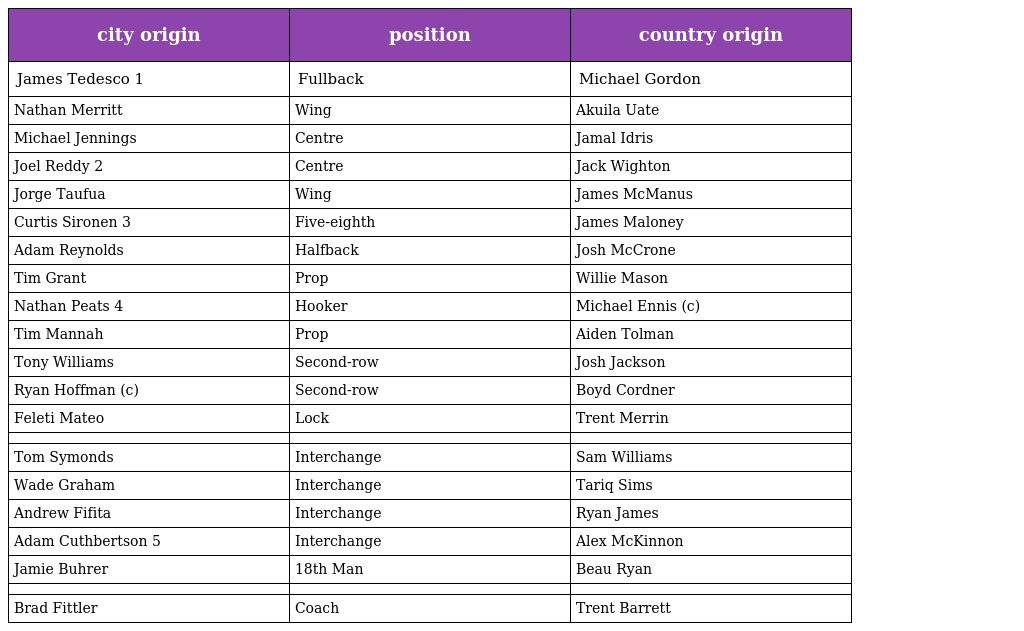
| city origin | position | country origin |
 | --- | --- | --- |
 | James Tedesco 1 | Fullback | Michael Gordon |
 | Nathan Merritt | Wing | Akuila Uate |
 | Michael Jennings | Centre | Jamal Idris |
 | Joel Reddy 2 | Centre | Jack Wighton |
 | Jorge Taufua | Wing | James McManus |
 | Curtis Sironen 3 | Five-eighth | James Maloney |
 | Adam Reynolds | Halfback | Josh McCrone |
 | Tim Grant | Prop | Willie Mason |
 | Nathan Peats 4 | Hooker | Michael Ennis (c) |
 | Tim Mannah | Prop | Aiden Tolman |
 | Tony Williams | Second-row | Josh Jackson |
 | Ryan Hoffman (c) | Second-row | Boyd Cordner |
 | Feleti Mateo | Lock | Trent Merrin |
 |  |  |  |
 | Tom Symonds | Interchange | Sam Williams |
 | Wade Graham | Interchange | Tariq Sims |
 | Andrew Fifita | Interchange | Ryan James |
 | Adam Cuthbertson 5 | Interchange | Alex McKinnon |
 | Jamie Buhrer | 18th Man | Beau Ryan |
 |  |  |  |
 | Brad Fittler | Coach | Trent Barrett |